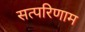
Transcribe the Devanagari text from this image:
सत्परिणाम